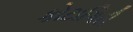
કોટાગિરી